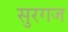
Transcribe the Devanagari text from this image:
सुरगज